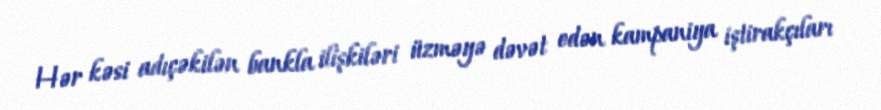
Hər kəsi adıçəkilən bankla ilişkiləri üzməyə dəvət edən kampaniya iştirakçıları